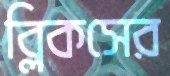
ব্লিকসের